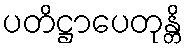
ပတိဋ္ဌာပေတုန္တိ